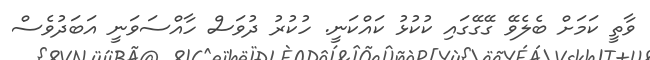
ވާތީ ކަމަށް ބެލެވޭ ގޭގޭގައި ކުކުޅު ކައްކަނީ. ހުކުރު ދުވަސް ހާއްސަވަނީ އަބަދުވެސް